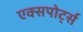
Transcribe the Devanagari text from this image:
एक्सपोर्ट्स